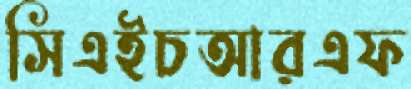
সিএইচআরএফ